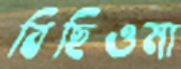
বিছিওমা